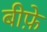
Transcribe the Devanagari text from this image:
बीफ़े